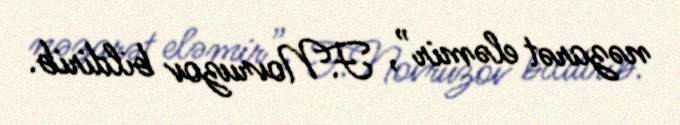
nəzarət eləmir”, F.Novruzov bildirib.